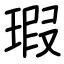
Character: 瑕